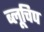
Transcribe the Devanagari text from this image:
ब्लूचिप